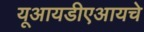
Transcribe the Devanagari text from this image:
यूआयडीएआयचे